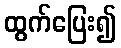
ထွက်ပြေး၍